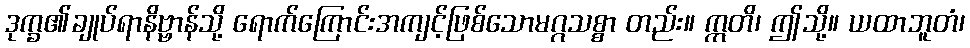
ဒုက္ခ၏ချုပ်ရာနိဗ္ဗာန်သို့ ရောက်ကြောင်းအကျင့်ဖြစ်သောမဂ္ဂသစ္စာ တည်း။ ဣတိ၊ ဤသို့။ ယထာဘူတံ၊